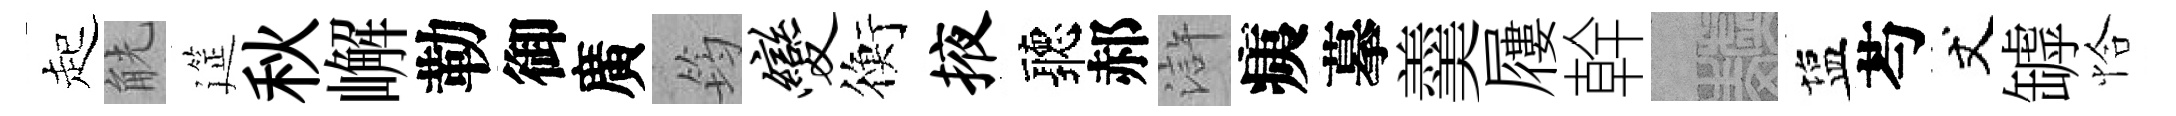
起觥筵秋嶰勒御廣筠变衡掖聽郝滸痍摹羹屨幹熙塩芍丈罅恰